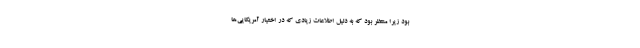
بود زیرا منتظر بود که به دلیل اطلاعات زیادی که در اختیار آمریکایی‌ها